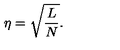
\eta = \sqrt { { \frac { L } { N } } } .